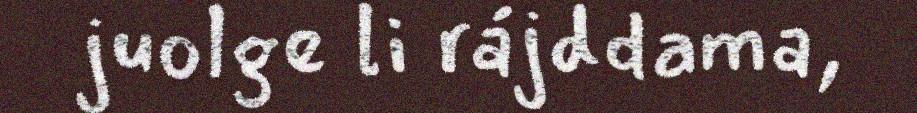
juolge li rájddama,